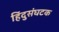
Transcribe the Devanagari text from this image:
हिंदुसंघटक